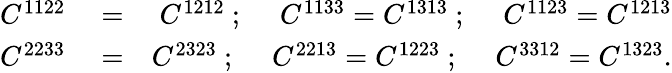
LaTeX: \begin{array}{rlr}{C^{1122}}&{{}=}&{C^{1212}\ ;\ \quad C^{1133}=C^{1313}\ ;\ \quad C^{1123}=C^{1213}}\\ {C^{2233}}&{{}=}&{C^{2323}\ ;\ \quad C^{2213}=C^{1223}\ ;\ \quad C^{3312}=C^{1323}.}\end{array}